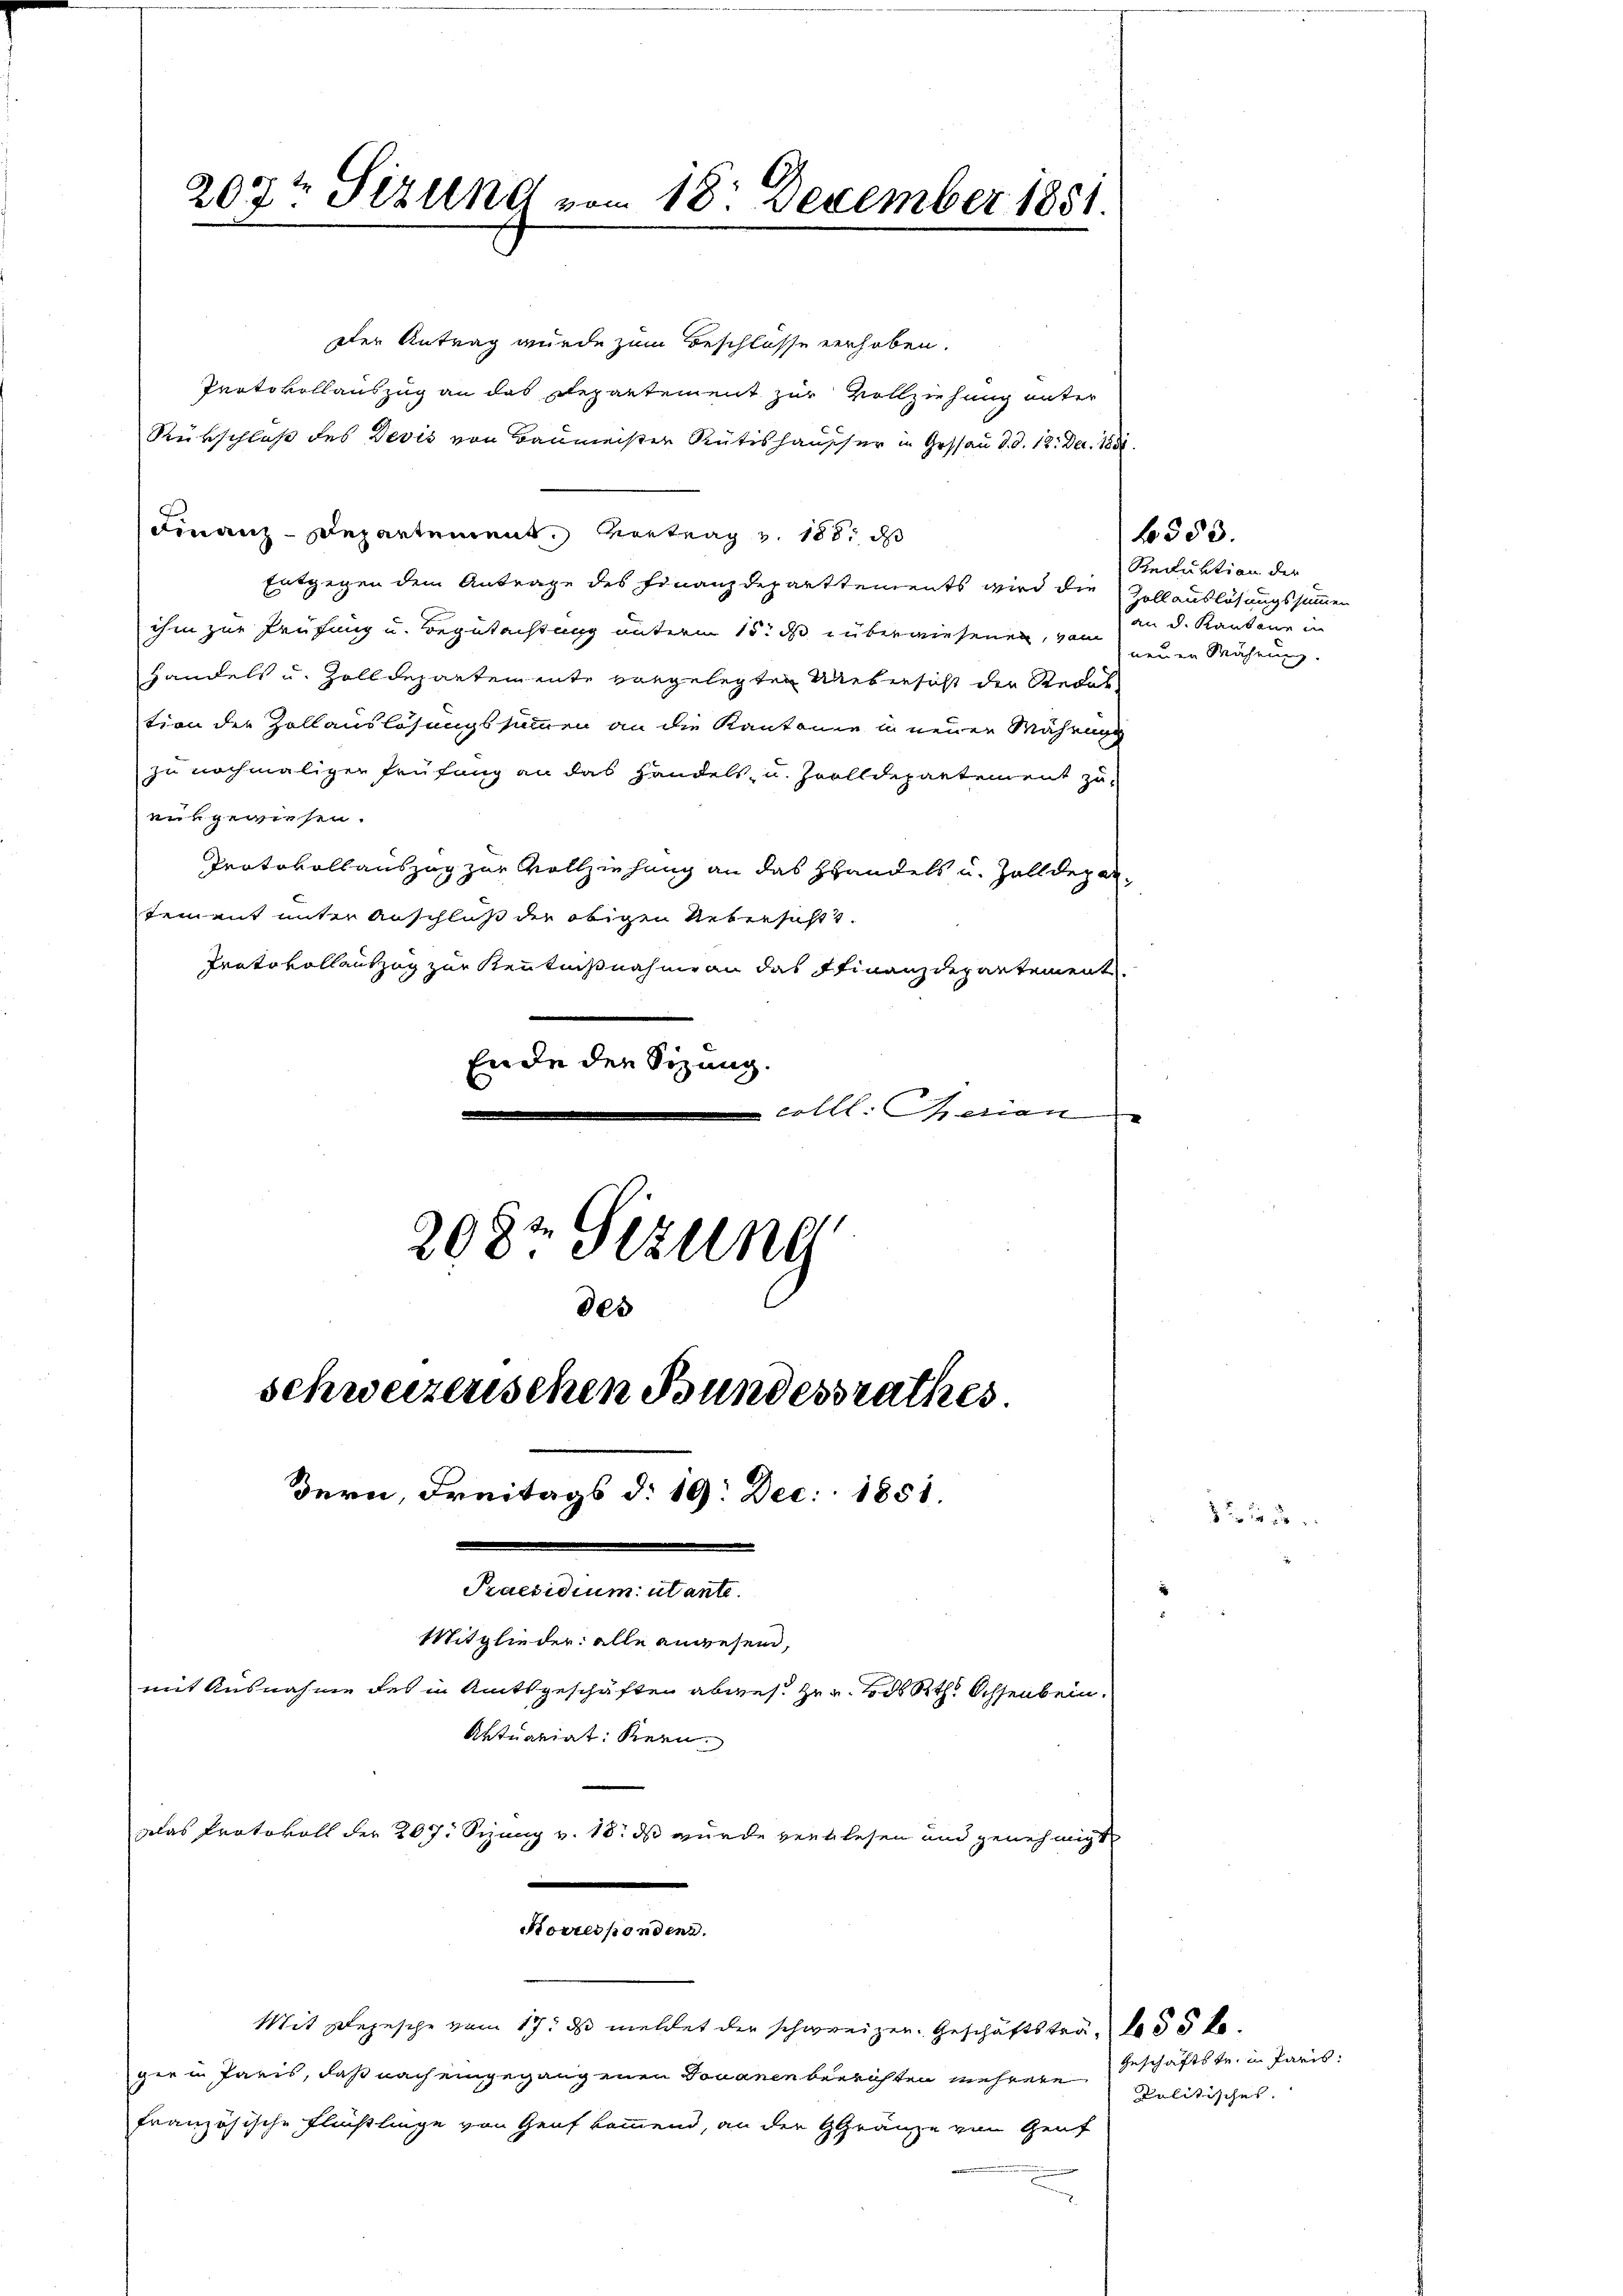
207t Sizung vom 18. Dezember 1851.

der Antrag wurde zum Beschlosse verhoben.
Protokollauszug an das Departement zur Vollziehung unter
Rükschloß des Devis von Baumeister Rütishausser in Gessau d. d. 12. Dec. 1858.
Finanz-Departement. Vortrag v. 1881 d
Entgegen dem Antrage des Finanzdeparttements wird die Vollauslösungssummen
ihm zur Prüfung u. Begutachtung unterm 15. ds überwiesenen, vom
handels u. Zolldepartemente vorgelegten Uebersicht der Redaltion der Zollauslösungssummen an die Kantonie in neuen Währung
zu nochmaligen Prüfung an das Handels- u. Zolldepartement zu
eut gewiesen.
Protokollauszug zur Vollziehung an das Handels u. Zolldepartement unter Anschluß die obigen Uebersaft.
Protokollauszug zur Kenntnißnahme an das Finanzdepartement
Ende den Sizung.
.
colle. Marian
2082 Sezung
0xx
schweizerischen Bundesrathes

Bern, Freitags d. 19. Dec. 1851.
Praesidium utante.
Mitglieder: alle anwesen,
mit Ausnahme des in Amtsgeschäften abwese Zug. ds Rth. Ochsenbein.
Aktuariat Kern

f 383.
Reduktion der
an d. Kantone in
neuen Währung.

glas Protokoll der 207. Sizung v. 18. ds wurde verlesen und genehmigt
Korrespondenz.
Mit Depesche vom 17t ds meldet der schweizen. Geschäftsträ¬ 55 x
ger u. Paris, daß nach eingegangenen Douanen beerichten mehrere
französische Flüchtlinge von Genf kommend, an der Gränze von Genf

822 de

Geschäftstr. in Paris.
politisches.